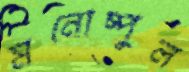
মনোষ্পুল